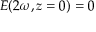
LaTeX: E ( 2 \omega , z = 0 ) = 0